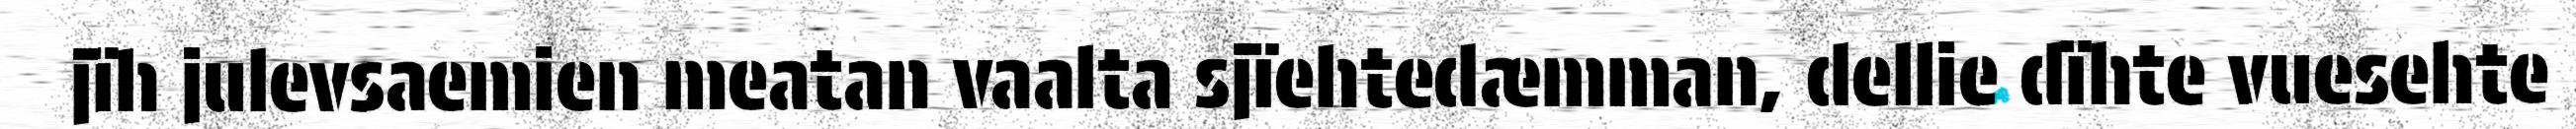
jïh julevsaemien meatan vaalta sjïehtedæmman, dellie dïhte vuesehte